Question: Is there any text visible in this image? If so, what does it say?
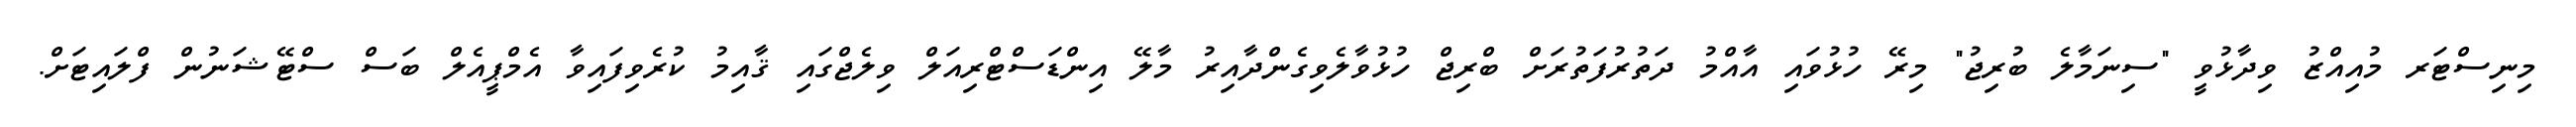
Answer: މިނިސްޓަރ މުއިއްޒު ވިދާޅުވީ "ސިނަމާލެ ބުރިޖު" މިރޭ ހުޅުވައި އާއްމު ދަތުރުފަތުރަށް ބްރިޖް ހުޅުވާލެވިގެންދާއިރު މާލޭ އިންޑަސްޓްރިއަލް ވިލެޖްގައި ޤާއިމު ކުރެވިފައިވާ އެމްޕީއެލް ބަސް ސްޓޭޝަނުން ފްލައިޓަށް.